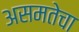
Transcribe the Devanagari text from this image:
असमतेचा